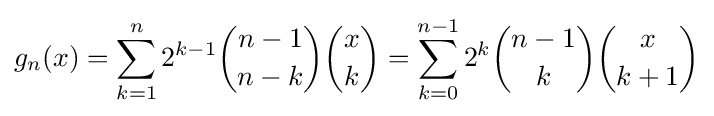
g_{n}(x)=\sum _{k=1}^{n}2^{k-1}{\binom {n-1}{n-k}}{\binom {x}{k}}=\sum _{k=0}^{n-1}2^{k}{\binom {n-1}{k}}{\binom {x}{k+1}}